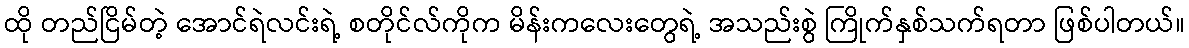
ထို တည်ငြိမ်တဲ့ အောင်ရဲလင်းရဲ့ စတိုင်လ်ကိုက မိန်းကလေးတွေရဲ့ အသည်းစွဲ ကြိုက်နှစ်သက်ရတာ ဖြစ်ပါတယ်။